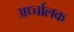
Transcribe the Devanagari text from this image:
अर्ध्चालक